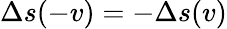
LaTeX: \Delta s(-v)=-\Delta s(v)